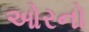
ઓરનો